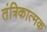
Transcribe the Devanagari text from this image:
तंत्रिकात्मक